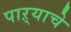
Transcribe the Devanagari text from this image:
पाऱ्याचे